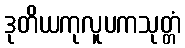
ဒုတိယကုလူပကသုတ္တံ